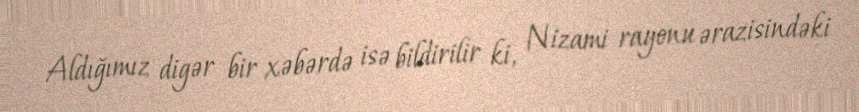
Aldığımız digər bir xəbərdə isə bildirilir ki, Nizami rayonu ərazisindəki